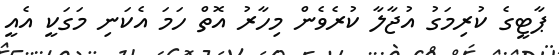
ޕާޓީގެ ކުރިމަގު އުޖާލާ ކުރެވެން މިހާރު އޮތް ހަމަ އެކަނި މަގަކީ އެއީ